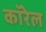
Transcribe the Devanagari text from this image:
कॉरेल